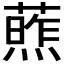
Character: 𫉧